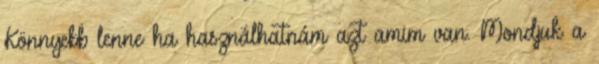
Könnyebb lenne ha használhatnám azt amim van. Mondjuk a